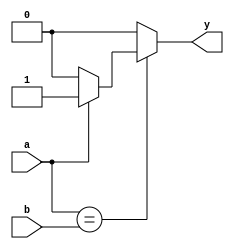
`timescale 1ns / 1ps

module and_2bit(a,b,y);
input a,b;
output reg y;
always @ (a or b) begin
   if (a == b) begin
   		if(a == 1'b1)
       		y = 1'b1;
       	else
       		y = 1'b0;
   end
   else 
       y = 1'b0; 
end


endmodule

module and_32bit(a,b,y);
input [31:0]a;
input [31:0]b;
output [31:0]y;

and_2bit t0(.a(a[0]),.b(b[0]),.y(y[0]));
and_2bit t1(.a(a[1]),.b(b[1]),.y(y[1]));
and_2bit t2(.a(a[2]),.b(b[2]),.y(y[2]));
and_2bit t3(.a(a[3]),.b(b[3]),.y(y[3]));
and_2bit t4(.a(a[4]),.b(b[4]),.y(y[4]));
and_2bit t5(.a(a[5]),.b(b[5]),.y(y[5]));
and_2bit t6(.a(a[6]),.b(b[6]),.y(y[6]));
and_2bit t7(.a(a[7]),.b(b[7]),.y(y[7]));
and_2bit t8(.a(a[8]),.b(b[8]),.y(y[8]));
and_2bit t9(.a(a[9]),.b(b[9]),.y(y[9]));
and_2bit t10(.a(a[10]),.b(b[10]),.y(y[10]));
and_2bit t11(.a(a[11]),.b(b[11]),.y(y[11]));
and_2bit t12(.a(a[12]),.b(b[12]),.y(y[12]));
and_2bit t13(.a(a[13]),.b(b[13]),.y(y[13]));
and_2bit t14(.a(a[14]),.b(b[14]),.y(y[14]));
and_2bit t15(.a(a[15]),.b(b[15]),.y(y[15]));
and_2bit t16(.a(a[16]),.b(b[16]),.y(y[16]));
and_2bit t17(.a(a[17]),.b(b[17]),.y(y[17]));
and_2bit t18(.a(a[18]),.b(b[18]),.y(y[18]));
and_2bit t19(.a(a[19]),.b(b[19]),.y(y[19]));
and_2bit t20(.a(a[20]),.b(b[20]),.y(y[20]));
and_2bit t21(.a(a[21]),.b(b[21]),.y(y[21]));
and_2bit t22(.a(a[22]),.b(b[22]),.y(y[22]));
and_2bit t23(.a(a[23]),.b(b[23]),.y(y[23]));
and_2bit t24(.a(a[24]),.b(b[24]),.y(y[24]));
and_2bit t25(.a(a[25]),.b(b[25]),.y(y[25]));
and_2bit t26(.a(a[26]),.b(b[26]),.y(y[26]));
and_2bit t27(.a(a[27]),.b(b[27]),.y(y[27]));
and_2bit t28(.a(a[28]),.b(b[28]),.y(y[28]));
and_2bit t29(.a(a[29]),.b(b[29]),.y(y[29]));
and_2bit t30(.a(a[30]),.b(b[30]),.y(y[30]));
and_2bit t31(.a(a[31]),.b(b[31]),.y(y[31]));



endmodule